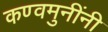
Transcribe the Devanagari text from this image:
कण्वमुनींनी